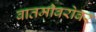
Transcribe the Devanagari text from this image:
बातमीबरोबर